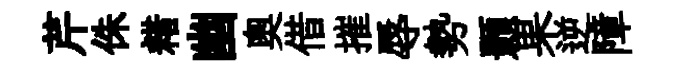
芹侏耤幽奥借摧辱勢顥果逆障